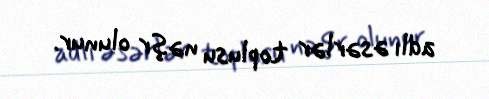
adlı əsərlər toplusu nəşr olunur.